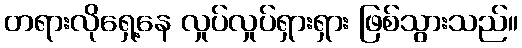
တရားလိုရှေ့နေ လှုပ်လှုပ်ရှားရှား ဖြစ်သွားသည်။